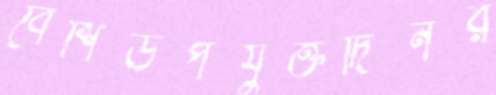
বেশিউপযুক্তদিনর